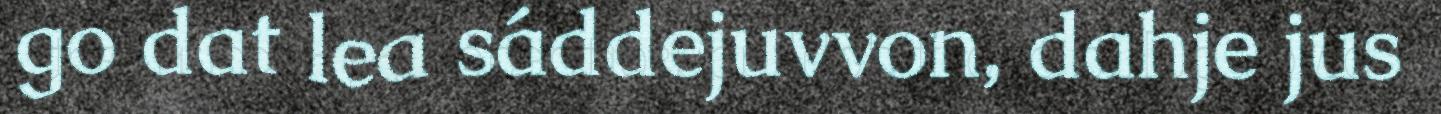
go dat lea sáddejuvvon, dahje jus